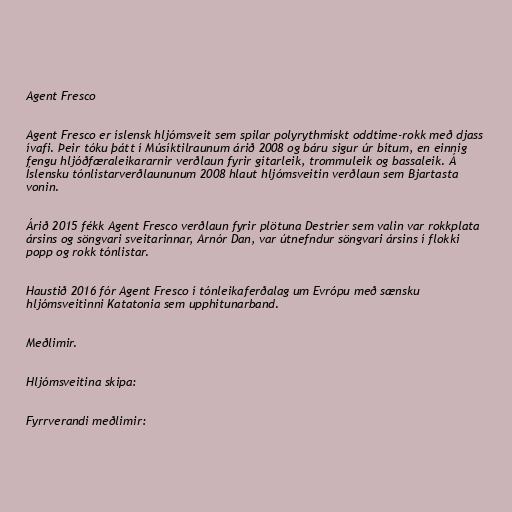
Agent Fresco

Agent Fresco er íslensk hljómsveit sem spilar polyrythmískt oddtime-rokk með djass
ívafi. Þeir tóku þátt í Músíktilraunum árið 2008 og báru sigur úr bítum, en einnig
fengu hljóðfæraleikararnir verðlaun fyrir gítarleik, trommuleik og bassaleik. Á
Íslensku tónlistarverðlaununum 2008 hlaut hljómsveitin verðlaun sem Bjartasta
vonin.

Árið 2015 fékk Ag­ent Fresco verðlaun fyr­ir plöt­una Destrier sem val­in var rokkplata
árs­ins og söngv­ari sveit­ar­inn­ar, Arn­ór Dan, var út­nefnd­ur söngv­ari árs­ins í flokki
popp og rokk tón­list­ar.

Haustið 2016 fór Agent Fresco í tónleikaferðalag um Evrópu með sænsku
hljómsveitinni Katatonia sem upphitunarband.

Meðlimir.

Hljómsveitina skipa:

Fyrrverandi meðlimir: